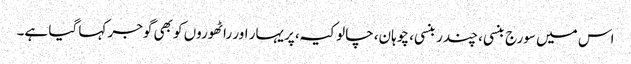
اس میں سورج بنسی، چندر بنسی، چوہان، چالوکیہ، پریہار اور راٹھوروں کو بھی گوجر کہا گیا ہے۔